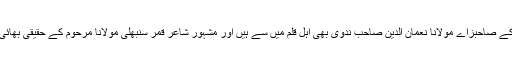
آپ کے صاحبزاے مولانا نعمان الدین صاحب ندوی بھی اہل قلم میں سے ہیں اور مشہور شاعر قمر سنبھلی مولانا مرحوم کے حقیقی بھائی ہیں۔